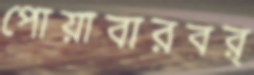
পোয়াবারবর্